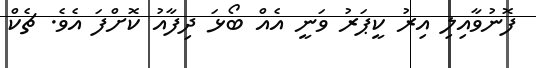
ފޮނުވާއިލި އިރު ކީޕަރު ވަނީ އެއް ބޯޅަ ދިފާއު ކޮށްފަ އެވެ. ޗެކް